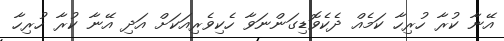
އޭނާ ކުރާ ހުރިހާ ކަމެއް ދެކެވޮޑިގަންނަވާ ހެކިވެރިއަކަށް އަދި އޭނާ ކުރާ ހުރިހާ